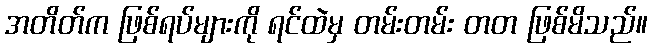
အတိတ်က ဖြစ်ရပ်များကို ရင်ထဲမှ တမ်းတမ်း တတ ဖြစ်မိသည်။